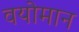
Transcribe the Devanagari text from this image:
वयोमान